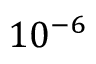
1 0 ^ { - 6 }